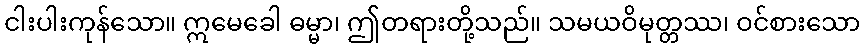
ငါးပါးကုန်သော။ ဣမေခေါ ဓမ္မာ၊ ဤတရားတို့သည်။ သမယဝိမုတ္တဿ၊ ဝင်စားသော